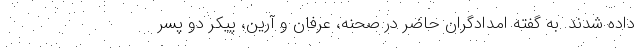
داده شدند. به گفته امدادگران حاضر در صحنه، عرفان و آرین، پیکر دو پسر